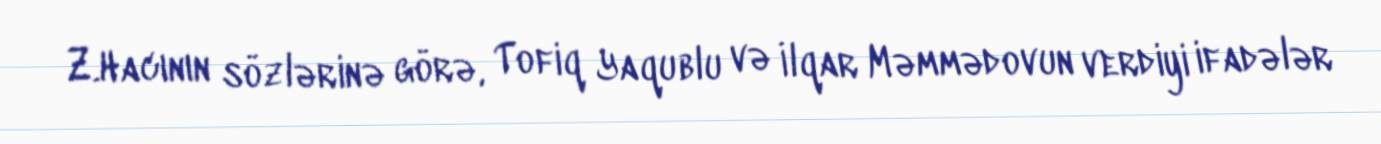
Z.Hacının sözlərinə görə, Tofiq Yaqublu və İlqar Məmmədovun verdiyi ifadələr